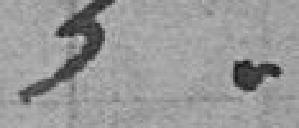
5.00 francs